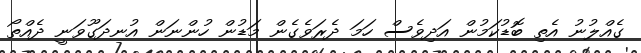
ގެއްލުނު އެތި ބޮޑުކަމުން އަދިވެސް ހަމަ ދެރަވެގެން މަޑުން ހުންނަން އުނދަގޫވަނީ ދެއްތޯ